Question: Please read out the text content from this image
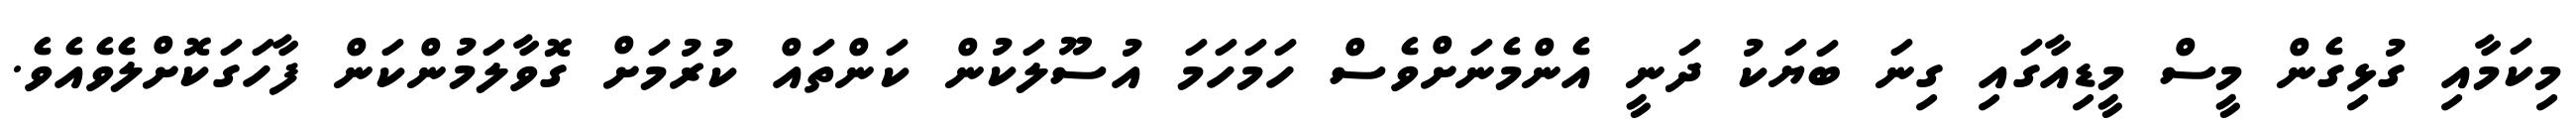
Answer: މިކަމާއި ގުޅިގެން މީސް މީޑިއާގައި ގިނަ ބަޔަކު ދަނީ އެންމެނަށްވެސް ހަމަހަމަ އުސޫލަކުން ކަންތައް ކުރުމަށް ގޮވާލަމުންކަން ފާހަގަކޮށްލެވެއެވެ.